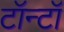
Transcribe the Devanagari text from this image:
टॉन्टॉ